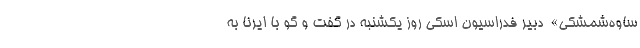
ساوه‌شمشکی» ‌ دبیر فدراسیون اسکی روز یکشنبه در گفت و گو با ایرنا به